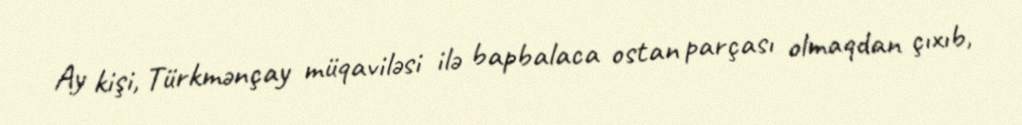
Ay kişi, Türkmənçay müqaviləsi ilə bapbalaca ostan parçası olmaqdan çıxıb,